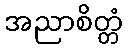
အညာစိတ္တံ